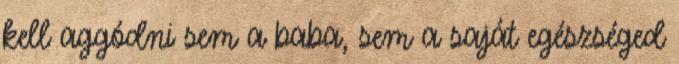
kell aggódni sem a baba, sem a saját egészséged